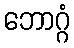
ဘောဂ္ဂံ